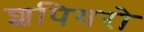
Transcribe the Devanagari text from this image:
शपियरो